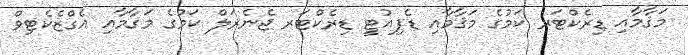
މަޤާމާއި ޑިރެކްޓަރ ކަމުގެ މަޤާމާއި ޑެޕިއުޓީ ޑިރެކްޓަރ ޖެނެރަލް ކަމުގެ މަޤާމާއި އެގްޒެކެޓިވް